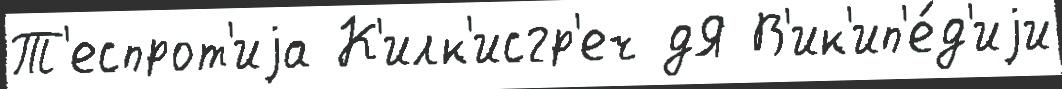
Т'еспрот'иjа К'илк'исгр'еч дЯ В'ик'ип'е́д'иjи